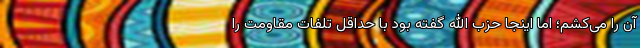
آن را می‌کشم؛ اما اینجا حزب الله گفته بود با حداقل تلفات مقاومت را